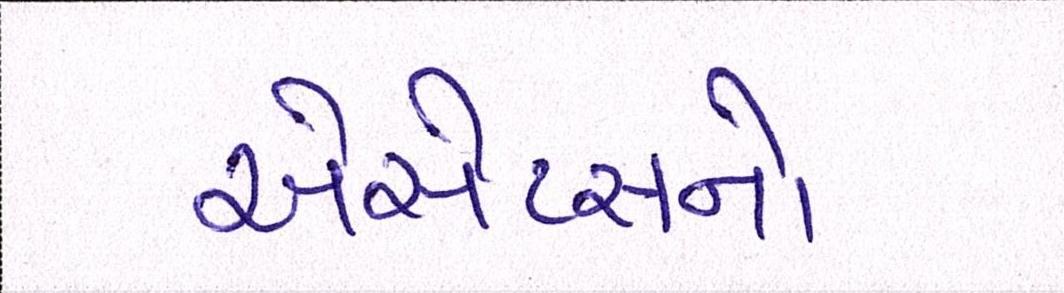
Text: એસેટસનો